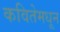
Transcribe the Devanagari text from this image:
कवितेमधून